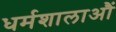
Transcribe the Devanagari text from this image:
धर्मशालाऔं